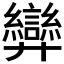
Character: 𢍶